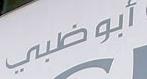
أبو